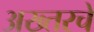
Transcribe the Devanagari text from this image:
अख्तरचे